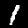
Label: 1